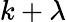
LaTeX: k+\lambda